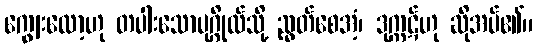
ကျွေးလော့ဟု တပါးသောပုဂ္ဂိုလ်သို့ ညွတ်စေအံ့၊ ဒုက္ကဋ်ဟု ဆိုအပ်၏။